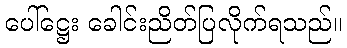
ပေါ်ဋ္ဌေး ခေါင်းညိတ်ပြလိုက်ရသည်။